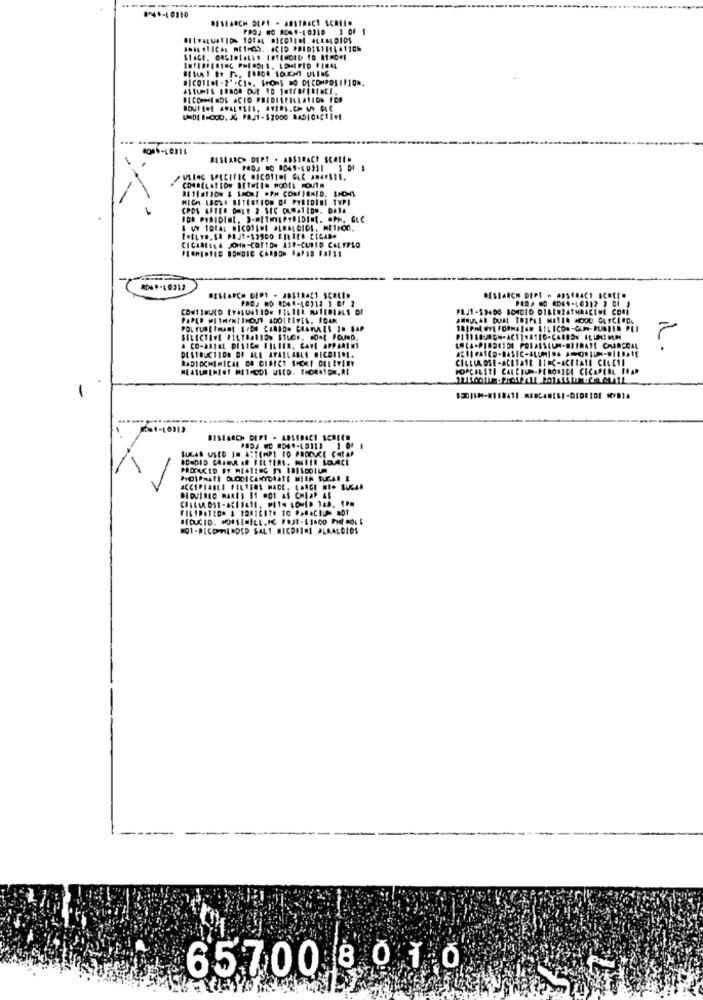
PROJ W0 8069-10319 1 00
RESEARCH DEPT . ABSTRACT SCHILD
MICH LAOLI RETEEtION OF PYRIDINE TYPI
CPDS AFTER ONLY 2 SEC CUMATID", DATA
FOR PYDIDINI, )-MITMELPYRIDINE. OPH. GLC
CICAREREA JOHN-COTTON 11P-CURED CALYPSO
RD+ +-10212
RESEARCH DIPY - ABSTRACT SCHLIM
PADA NO RD4 1-10212 1 Of 1
RESEARCH DIPI - ADSHAACT SCOLLO
& CO-ARIEL DESICH FILTER, CAVE APPARINT
LALA-PIRBRIDE PORASSIUM-BITRATE CHARCOAL
RADIOCHEMICAL CO DIRECT SHEAF CELEVERY
PORCELITI CALCIUM-PERONIDE CICAPELL ISAP
LUGAR USED IN ATTEMPT TO PRODUCE CHEAP
PICIPRATI OUDOICANYDAATE MIEN SUGAR &
ACCEPTABLE FILTERS MADE, LARGE MIO SUGAR
MOI-PICOALODED SALI MICODICI ALKALOIDS
65700 8 0 1 0